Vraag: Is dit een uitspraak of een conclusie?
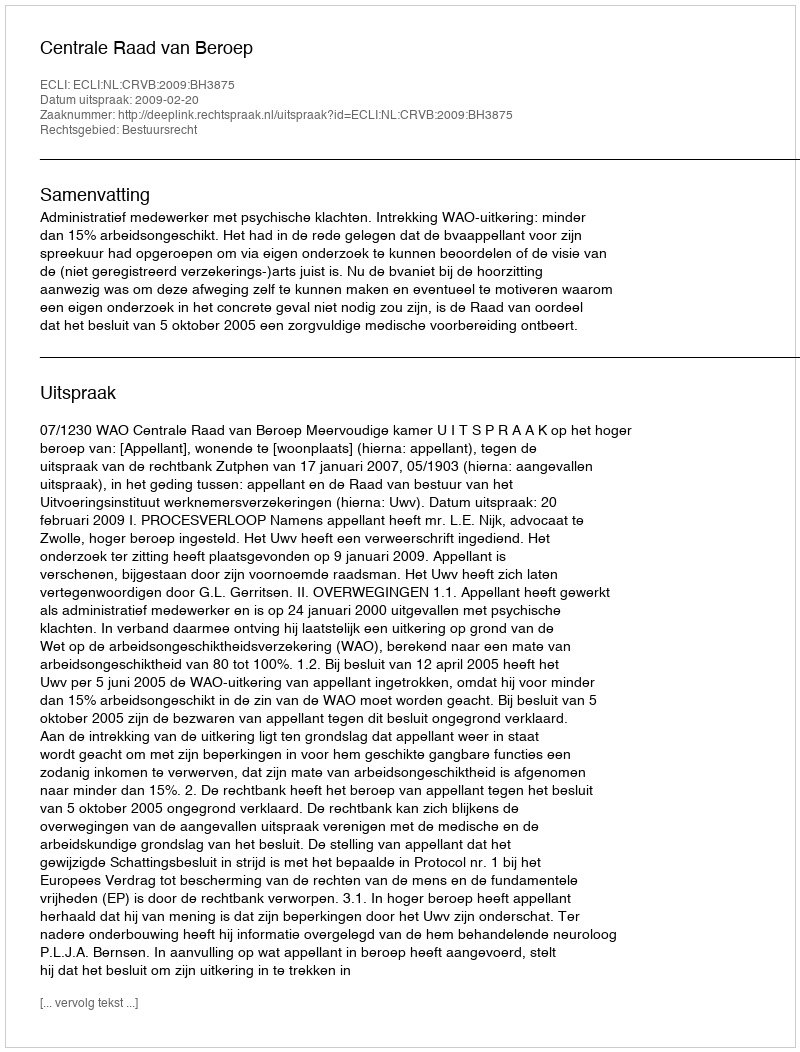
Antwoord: Uitspraak